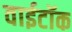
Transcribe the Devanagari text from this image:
वाईटॉक